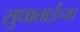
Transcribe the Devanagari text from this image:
सुधाताईंच्या